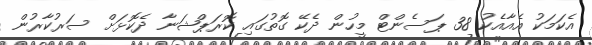
އެކަމަކު އެއާއެކު 38 ޕަސެންޓް މީހުން ދެކޭ ގޮތުގައި ކޮރަޕްޝަނާ ދެކޮޅަށް ސަރުކާރުން